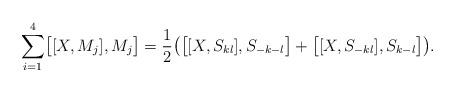
LaTeX: \begin{align*}\sum_{i=1}^{4}\bigl [[X,M_j],M_j\bigr ]={1\over 2}\bigl ( \bigl [[X,S_{kl}],S_{-k-l} \bigr ]+\bigl [[X,S_{-kl}],S_{k-l} \bigr ]\bigr ).\end{align*}